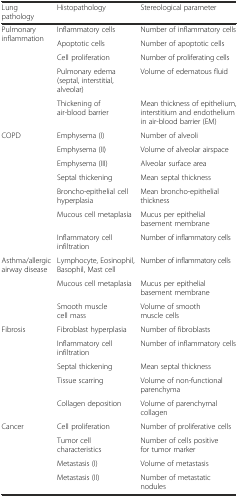
| Lung pathology | Histopathology | Stereological parameter |
 | --- | --- | --- |
 | <ROWSPAN=5> Pulmonary inflammation | Inflammatory cells | Number of inflammatory cells |
 | Apoptotic cells | Number of apoptotic cells |
 | Cell proliferation | Number of proliferating cells |
 | Pulmonary edema (septal, interstitial, alveolar) | Volume of edematous fluid |
 | Thickening of air-blood barrier | Mean thickness of epithelium, interstitium and endothelium in air-blood barrier (EM) |
 | <ROWSPAN=5> COPD | Emphysema (I) | Number of alveoli |
 | Emphysema (II) | Volume of alveolar airspace |
 | Emphysema (III) | Alveolar surface area |
 | Septal thickening | Mean septal thickness |
 | Broncho-epithelial cell hyperplasia | Mean broncho-epithelial thickness |
 | <ROWSPAN=2>  | Mucous cell metaplasia | Mucus per epithelial basement membrane |
 | Inflammatory cell infiltration | Number of inflammatory cells |
 | <ROWSPAN=3> Asthma/allergic airway disease | Lymphocyte, Eosinophil, Basophil, Mast cell | Number of inflammatory cells |
 | Mucous cell metaplasia | Mucus per epithelial basement membrane |
 | Smooth muscle cell mass | Volume of smooth muscle cells |
 | <ROWSPAN=5> Fibrosis | Fibroblast hyperplasia | Number of fibroblasts |
 | Inflammatory cell infiltration | Number of inflammatory cells |
 | Septal thickening | Mean septal thickness |
 | Tissue scarring | Volume of non-functional parenchyma |
 | Collagen deposition | Volume of parenchymal collagen |
 | <ROWSPAN=4> Cancer | Cell proliferation | Number of proliferative cells |
 | Tumor cell characteristics | Number of cells positive for tumor marker |
 | Metastasis (I) | Volume of metastasis |
 | Metastasis (II) | Number of metastatic nodules |